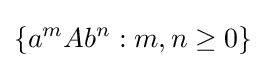
\{a^{m}Ab^{n}:m,n\geq 0\}